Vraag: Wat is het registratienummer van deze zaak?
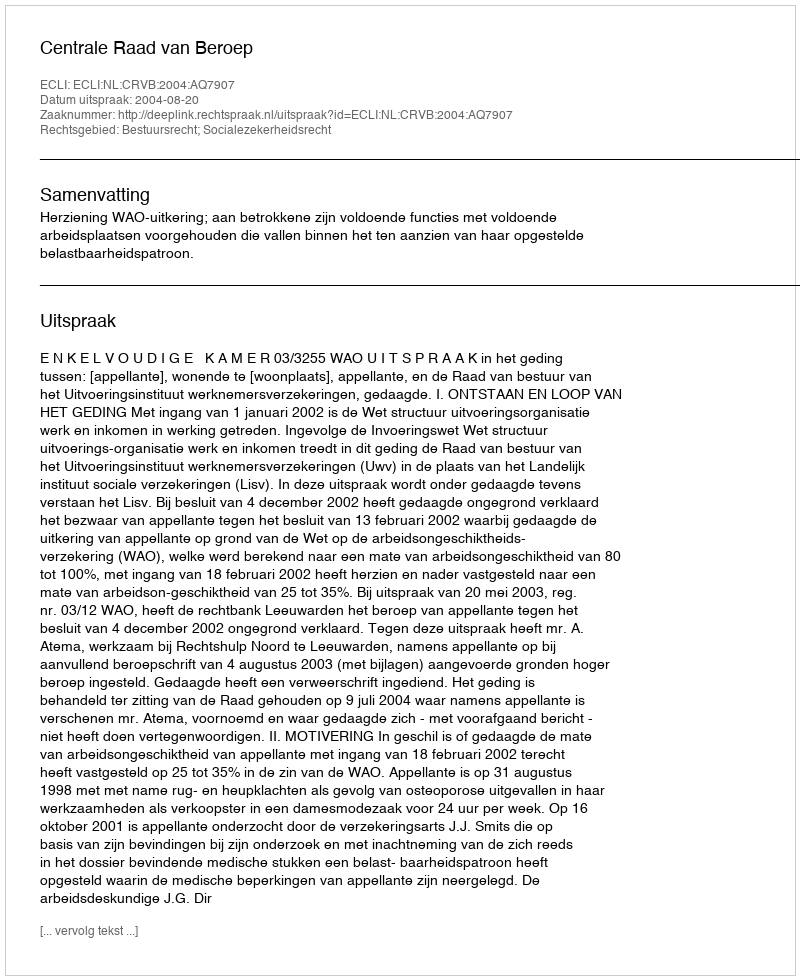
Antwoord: http://deeplink.rechtspraak.nl/uitspraak?id=ECLI:NL:CRVB:2004:AQ7907